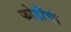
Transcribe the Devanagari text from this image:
फोडींची